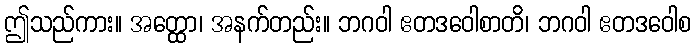
ဤသည်ကား။ အတ္ထော၊ အနက်တည်း။ ဘဂဝါ ဧတဒဝေါစာတိ၊ ဘဂဝါ ဧတဒဝေါစ